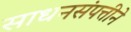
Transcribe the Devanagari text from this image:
साधनसंपत्तीने